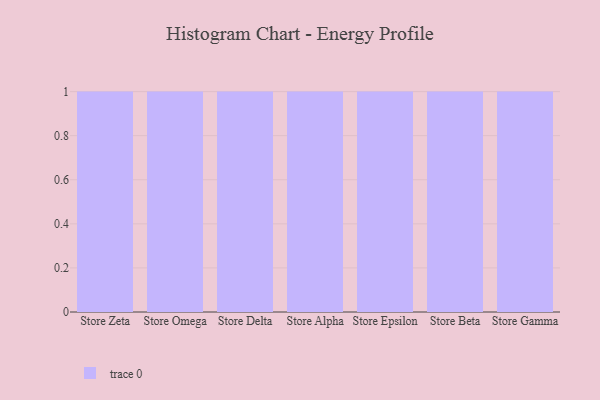
{"axis": {"x": "Store", "y": "Headcount"}, "legend": [""], "data": [{"x": "Store Zeta", "y": 71, "type": ""}, {"x": "Store Omega", "y": 69, "type": ""}, {"x": "Store Delta", "y": 16, "type": ""}, {"x": "Store Alpha", "y": 78, "type": ""}, {"x": "Store Epsilon", "y": 36, "type": ""}, {"x": "Store Beta", "y": 77, "type": ""}, {"x": "Store Gamma", "y": 27, "type": ""}]}